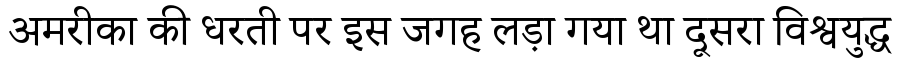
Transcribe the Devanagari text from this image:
अमरीका की धरती पर इस जगह लड़ा गया था दूसरा विश्वयुद्ध